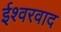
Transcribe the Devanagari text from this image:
ईश्‍वरवाद